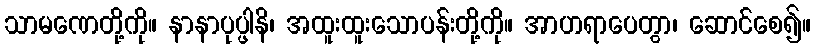
သာမဏေတို့ကို။ နာနာပုပ္ဖါနိ၊ အထူးထူးသောပန်းတို့ကို။ အာဟရာပေတွာ၊ ဆောင်စေ၍။